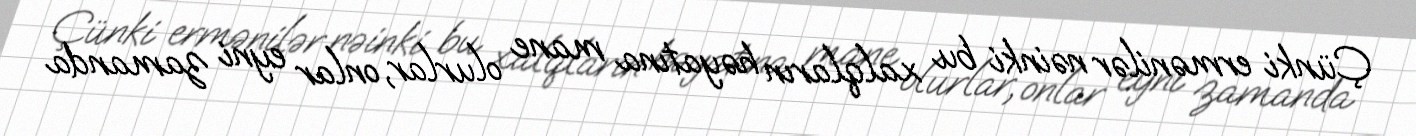
Çünki ermənilər nəinki bu xalqların həyatına mane olurlar, onlar eyni zamanda